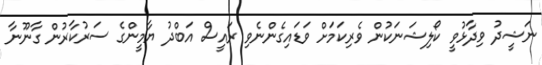
ނަޝީދު ވިދާޅުވީ ކޯލިޝަނަކުން ވެރިކަމަށް ވަޑައިގެންނެވި ރައީސް އަބްދު ޔާމީންގެ ސަރުކާރުން ގާނޫނާ